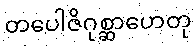
တပေါဇိဂုစ္ဆာဟေတု